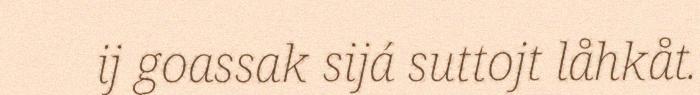
ij goassak sijá suttojt låhkåt.